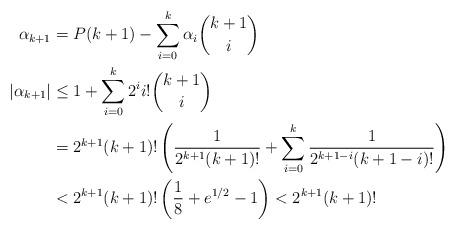
LaTeX: \begin{align*}\alpha_{k+1}&=P(k+1)-\sum_{i=0}^k\alpha_i\binom{k+1}{i}\\\vert\alpha_{k+1}\vert&\leq 1+\sum_{i=0}^k 2^i i!\binom{k+1}{i}\\&=2^{k+1}(k+1)!\left(\frac{1}{2^{k+1}(k+1)!}+\sum_{i=0}^k\frac{1}{2^{k+1-i}(k+1-i)!}\right)\\&<2^{k+1}(k+1)!\left(\frac{1}{8}+e^{1/2}-1\right)<2^{k+1}(k+1)!\end{align*}